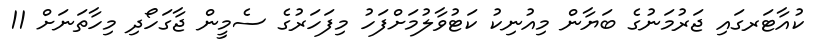
ކުއާޓަރގައި ޖަރުމަނުގެ ބަޔާން މިއުނިކު ކަޓުވާލުމަށްފަހު މިފަހަރުގެ ސެމީން ޖާގަހޯދި މިހާތަނަށް 11